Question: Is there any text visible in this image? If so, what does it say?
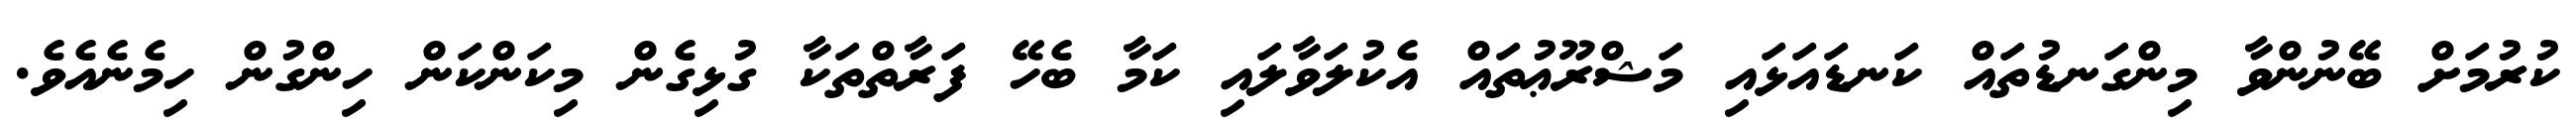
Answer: ކުރުމަށް ބޭނުންވާ މިންގަނޑުތައް ކަނޑައަޅައި މަޝްރޫޢުތައް އެކުލަވާލައި ކަމާ ބެހޭ ފަރާތްތަކާ ގުޅިގެން މިކަންކަން ހިންގުން ހިމެނެއެވެ.